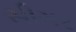
સીગર